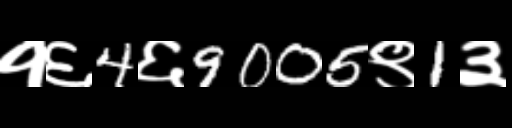
Text: १६4६9005९1३